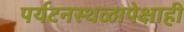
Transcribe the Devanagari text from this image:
पर्यटनस्थळापेक्षाही